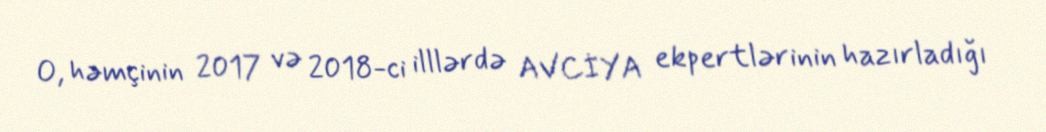
O, həmçinin 2017 və 2018-ci illlərdə AVCİYA ekpertlərinin hazırladığı